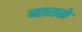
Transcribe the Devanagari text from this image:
नातळे